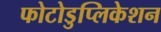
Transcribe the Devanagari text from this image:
फोटोडुप्लिकेशन